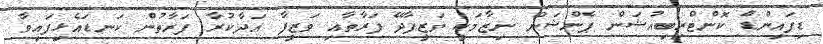
ޑިފައިންޑް ކޮންޓްރިބިއުޝަން ޕެންޝަން ނިޒާމަކީ ވަޒީފާދޭ ފަރާތާއި ވަޒީފާ އަދާކުރާ ފަރާތުން ކަނޑައެޅިފައިވާ